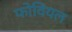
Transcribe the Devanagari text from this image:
फोवियल